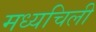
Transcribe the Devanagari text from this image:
मध्यचिली